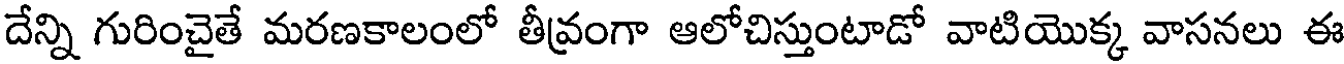
దేన్ని గురించైతే మరణకాలంలో తీవ్రంగా ఆలోచిస్తుంటాడో వాటియొక్క వాసనలు ఈ